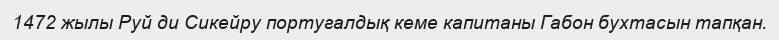
1472 жылы Руй ди Сикейру португалдық кеме капитаны Габон бухтасын тапқан.